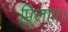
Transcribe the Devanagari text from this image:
पिलाए।